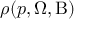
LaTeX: \rho ( p , \Omega , \mathrm { { B ) } }